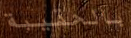
بالحقيبة